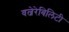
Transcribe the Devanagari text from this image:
वल्नेरेबिलिटी